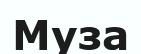
Муза